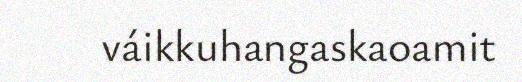
váikkuhangaskaoamit